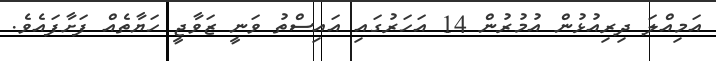
އަމިއްލަ ދިރިއުޅުން އުމުރުން 14 އަހަރުގައި އައިސްތު ވަނީ ޒަވާޖީ ހަޔާތެއް ފަށާފައެވެ.